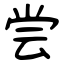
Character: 尝